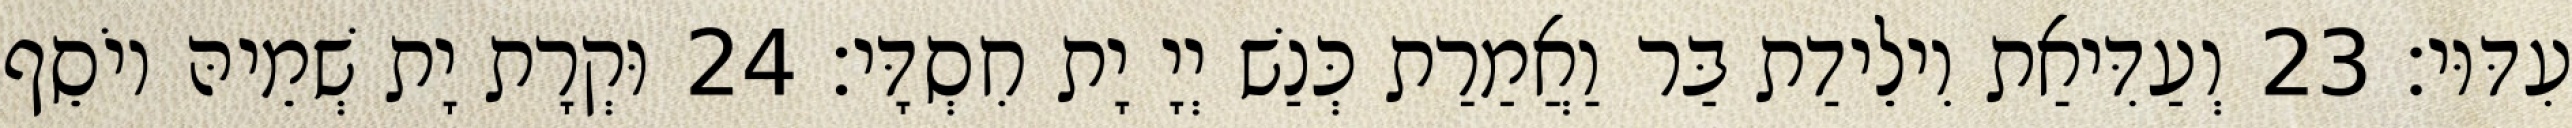
עִדּוּי׃ 23 וְעַדִּיאַת וִילֵידַת בַּר וַאֲמַרַת כְּנַשׁ יְיָ יָת חִסְדָּי׃ 24 וּקְרָת יָת שְׁמֵיהּ יוֹסֵף